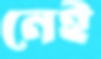
নেই